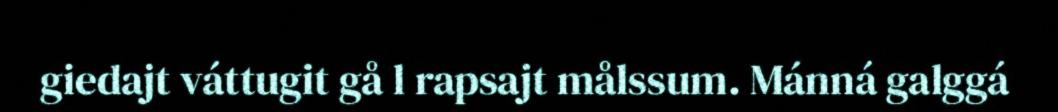
giedajt váttugit gå l rapsajt målssum. Mánná galggá